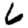
Digit: 6